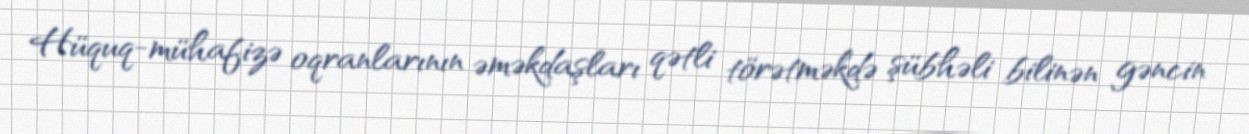
Hüquq-mühafizə oqranlarının əməkdaşları qətli törətməkdə şübhəli bilinən gəncin